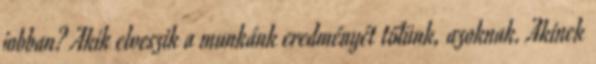
jobban? Akik elveszik a munkánk eredményét tőlünk, azoknak. Akinek